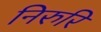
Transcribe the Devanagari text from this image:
निरुरि